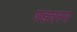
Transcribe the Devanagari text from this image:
षडन्नस्य